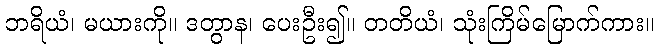
ဘရိယံ၊ မယားကို။ ဒတွာန၊ ပေးဦး၍။ တတိယံ၊ သုံးကြိမ်မြောက်ကား။